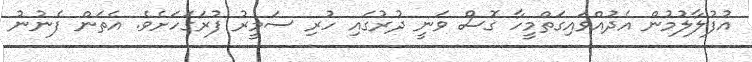
އުފުލާލުމުން އެދުއްވައިގަތްމީހާ ގޮސް ވަނީ ދުރުގައި ހުރި ސަމީރު ފުރަގަހަށެވެ. އެތަން ފެނުނު